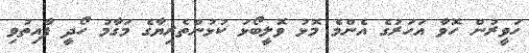
ހަވީރުން ހޮވާ އަހަރުގެ އެންމެ މޮޅު ވޮލީބޯޅަ ކުޅުންތެރިޔާގެ މަގާމު ހޯދީ ފާއިތުވި